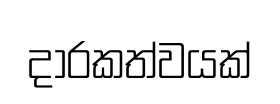
දාරකත්වයක්